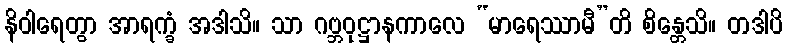
နိဝါရေတွာ အာရက္ခံ အဒါသိ။ သာ ဂဗ္ဘဝုဋ္ဌာနကာလေ “မာရေဿာမီ”တိ စိန္တေသိ။ တဒါပိ